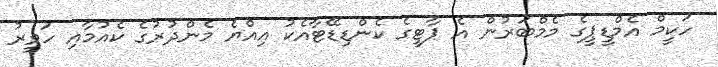
ހަކީމް އެމްޑީޕީގެ މެމްބަރުން އެ ޕާޓީގެ ކެންޑިޑޭޓާއެކު އިއްޔެ މެންދުރުގެ ކެއުމާއި ހަވީރު